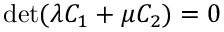
\operatorname* { d e t } ( \lambda C _ { 1 } + \mu C _ { 2 } ) = 0